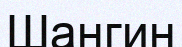
Шангин